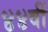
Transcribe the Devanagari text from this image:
४४वीं